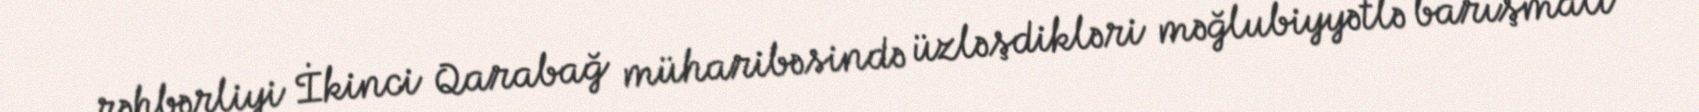
rəhbərliyi İkinci Qarabağ müharibəsində üzləşdikləri məğlubiyyətlə barışmalı